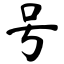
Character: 号